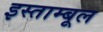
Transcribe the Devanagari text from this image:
इस्ताम्बूल